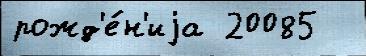
рожд'е́н'иjа 20085